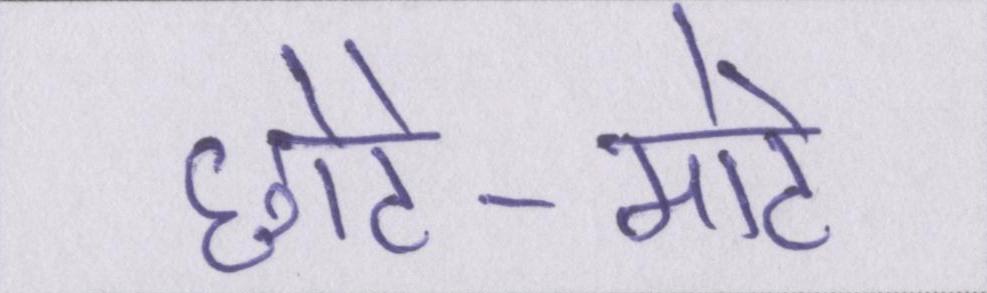
छोटे-मोटे